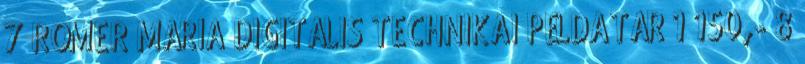
7 RŐMER MÁRIA DIGITÁLIS TECHNIKAI PÉLDATÁR 1 150,- 8